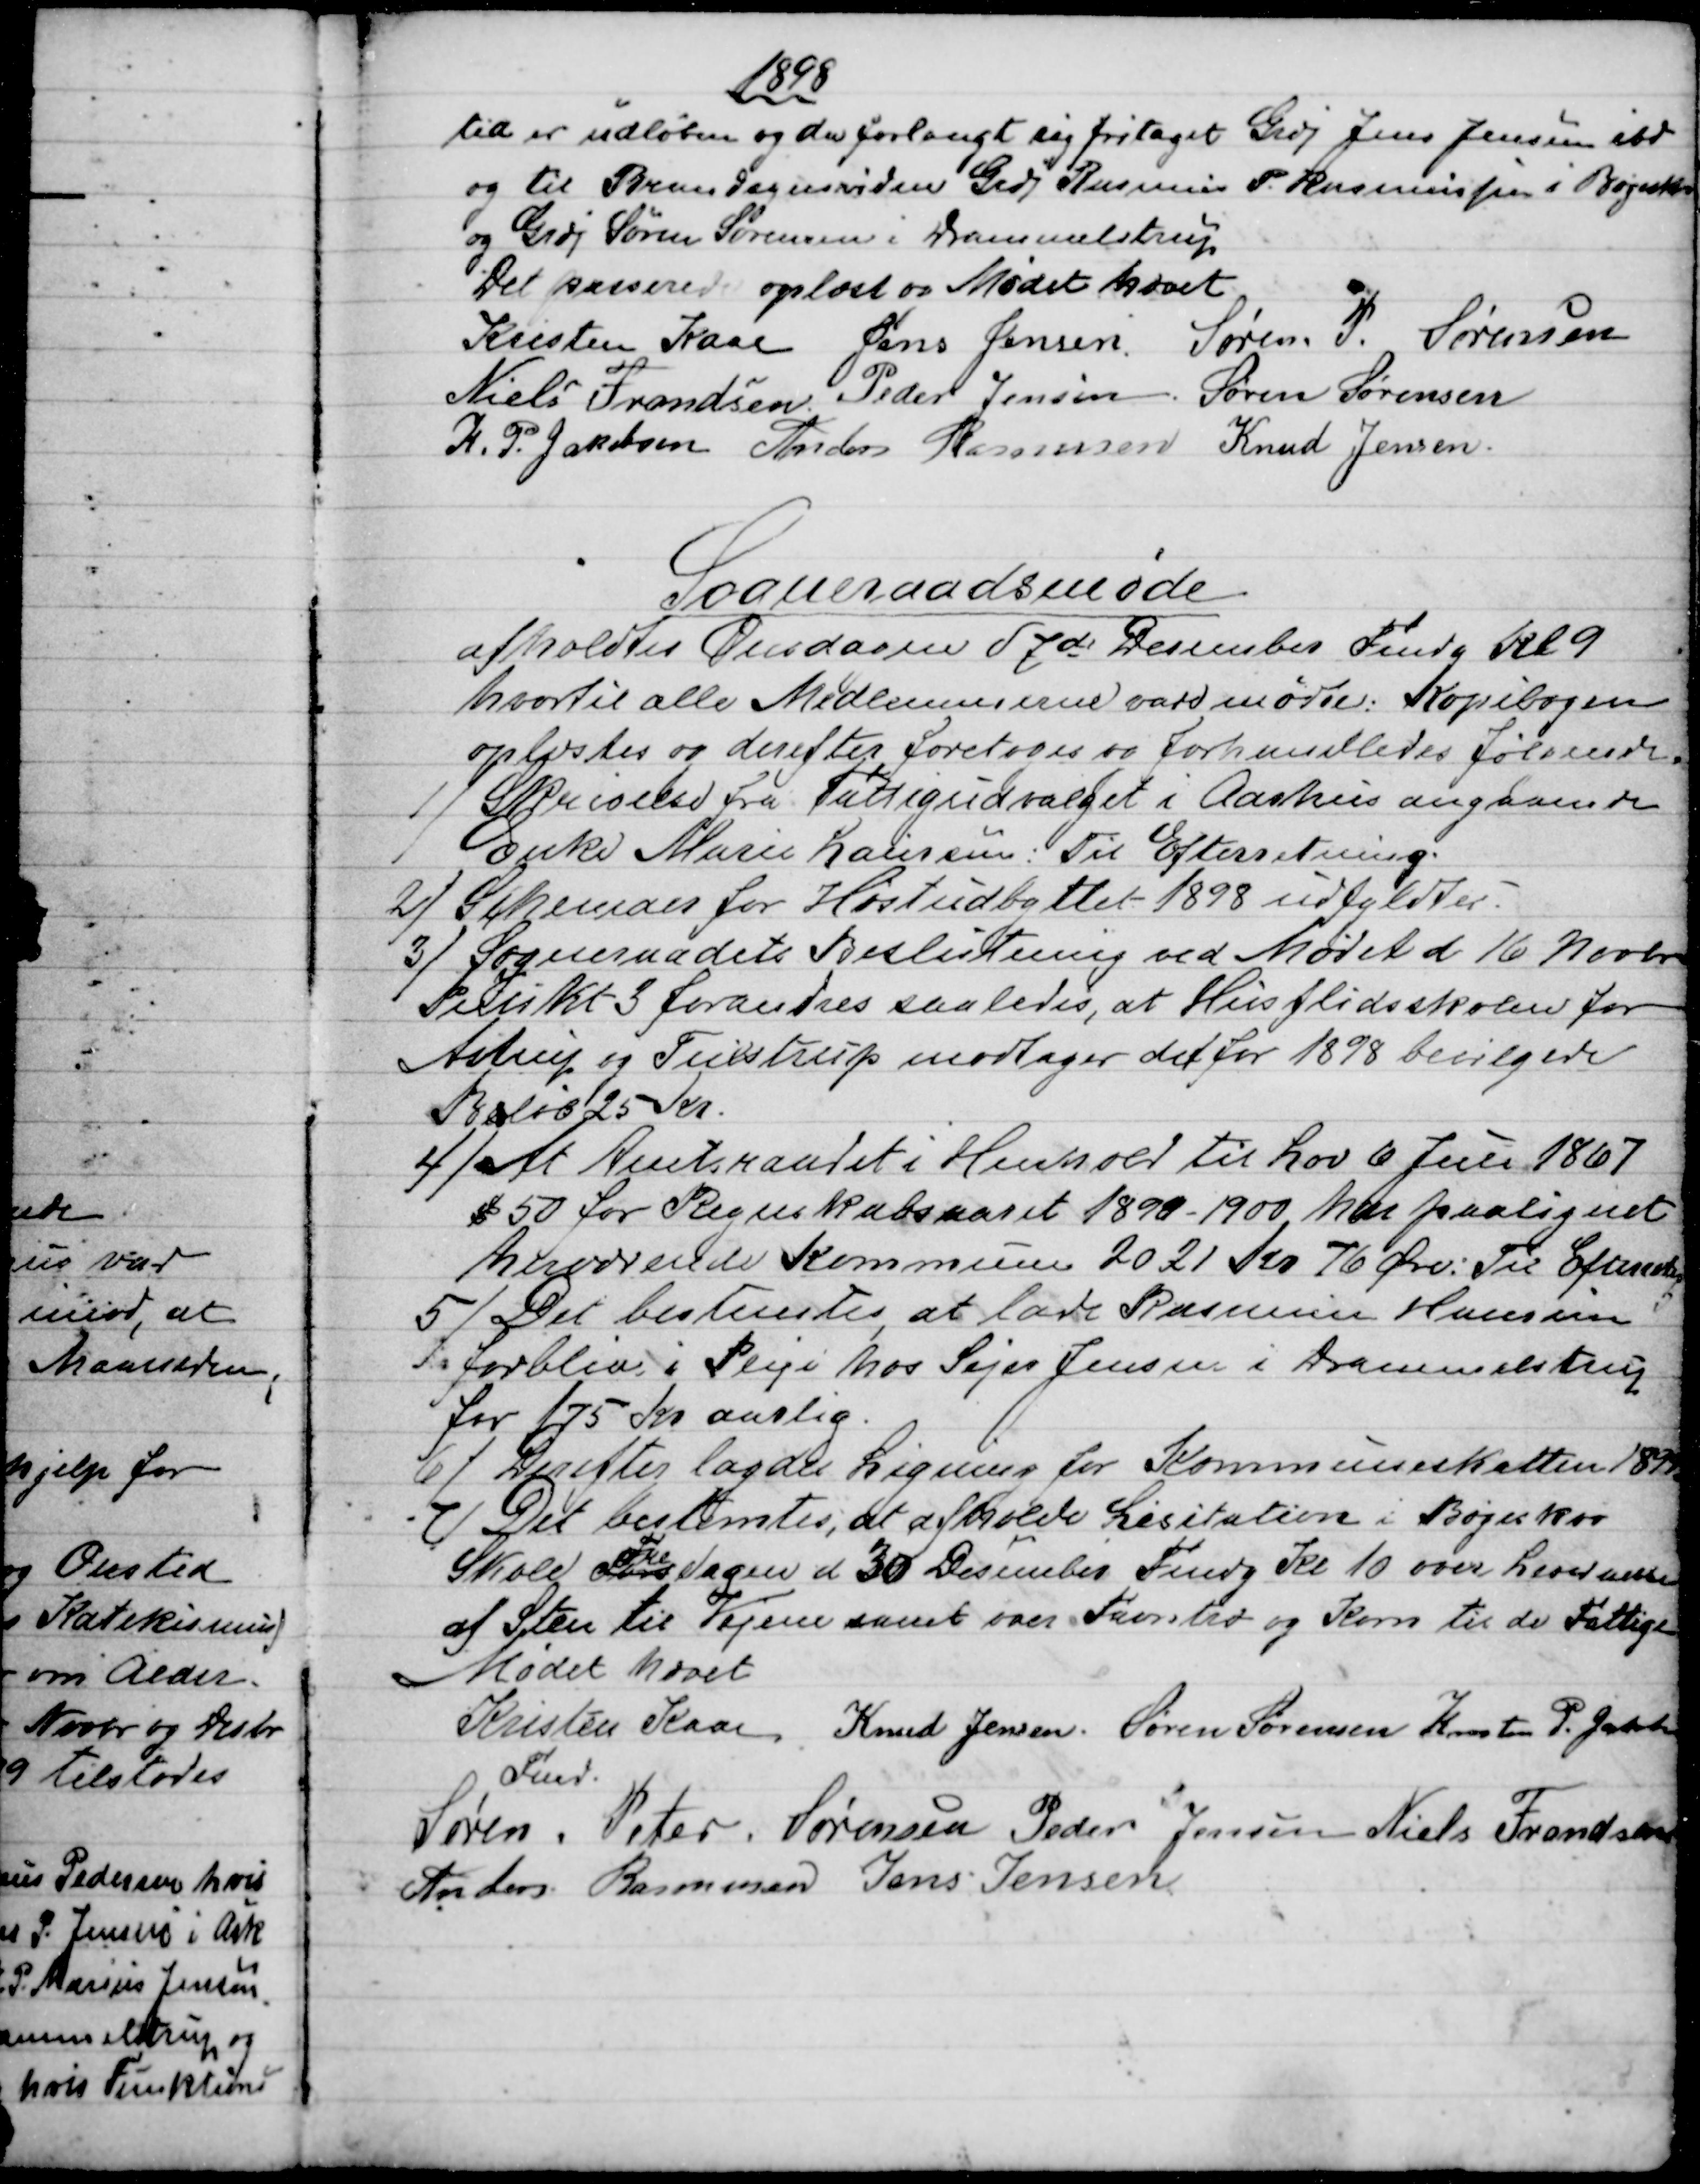
Transskription:
1898
tid er udløben og da forlangt sig fritaget Grdj Jens Jensen ibd
og til Brandsynsvidne Grdj Rasmus P. Rasmussen i Bøgeskov
og Grdj Søren Sørensen i Drammelstrup
Det passerede oplæst og Mødet hævet
Kristen Kaae  Jens Jensen  Søren P. Sørensen
Niels Frandsen  Peder Jensen  Søren Sørensen
K. P. Jakobsen  Anders Rasmussen  Knud Jensen
Sogneraadsmøde
afholdtes Onsdagen d 7de Desember Fmdg Kl 9
hvortil alle Medlemmerne vare mødte. Kopibogen
oplæstes og derefter foretoges og forhandledes følgende.
1)
Skrivelse fra Fattigudvalget i Aarhus angaaende
Enke Marie Laursen. Til Efterretning.
2)
Schemaer for Høstudbyttet 1898 udfyldtes.
3)
Sogneraadets Beslutning ved Mødet d 16 Novbr
Punkt 3 forandres saaledes, at Husflidsskolen for
Astrup og Tulstrup modtager det for 1898 bevilgede
Beløb 25 Kr.
4)
At Amtsraadet i Henhold til Lov 6 Juli 1867
§ 50 for Regnskabsaaret 1899 - 1900 har paalignet
herværende Kommunen 2021 Kr 76 Øre. Til Efterretng
5)
Det bestemtes, at lade Rasmine Hansen
forblive i Pleje hos Sejer Jensen i Drammelstrup
for 175 Kr aarlig.
6)
Derefter lagdes Ligning for Kommuneskatten 1899
7)
Det bestemtes, at afholde Lisitation i Bøgeskov
Skole Tors
Fre
dagen d 30 Desember Fmdg Kl 10 over Leveranse
af Sten til Vejene samt over Favntræ og Korn til de Fattige.
Mødet hævet
Kristen Kaae
Fmd.
Knud Jensen.  Søren Sørensen  Kresten P. Jakobsen
Søren. Peter. Sørensen  Peders Jensen  Niels Frandsen
Anders Rasmussen  Jens Jensen